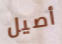
أصيل